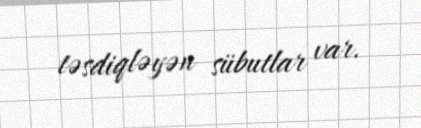
təsdiqləyən sübutlar var.